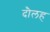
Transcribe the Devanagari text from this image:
दौलह